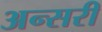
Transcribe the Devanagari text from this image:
अन्सरी